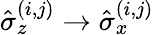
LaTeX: \hat{\sigma}_{z}^{(i,j)}\rightarrow\hat{\sigma}_{x}^{(i,j)}